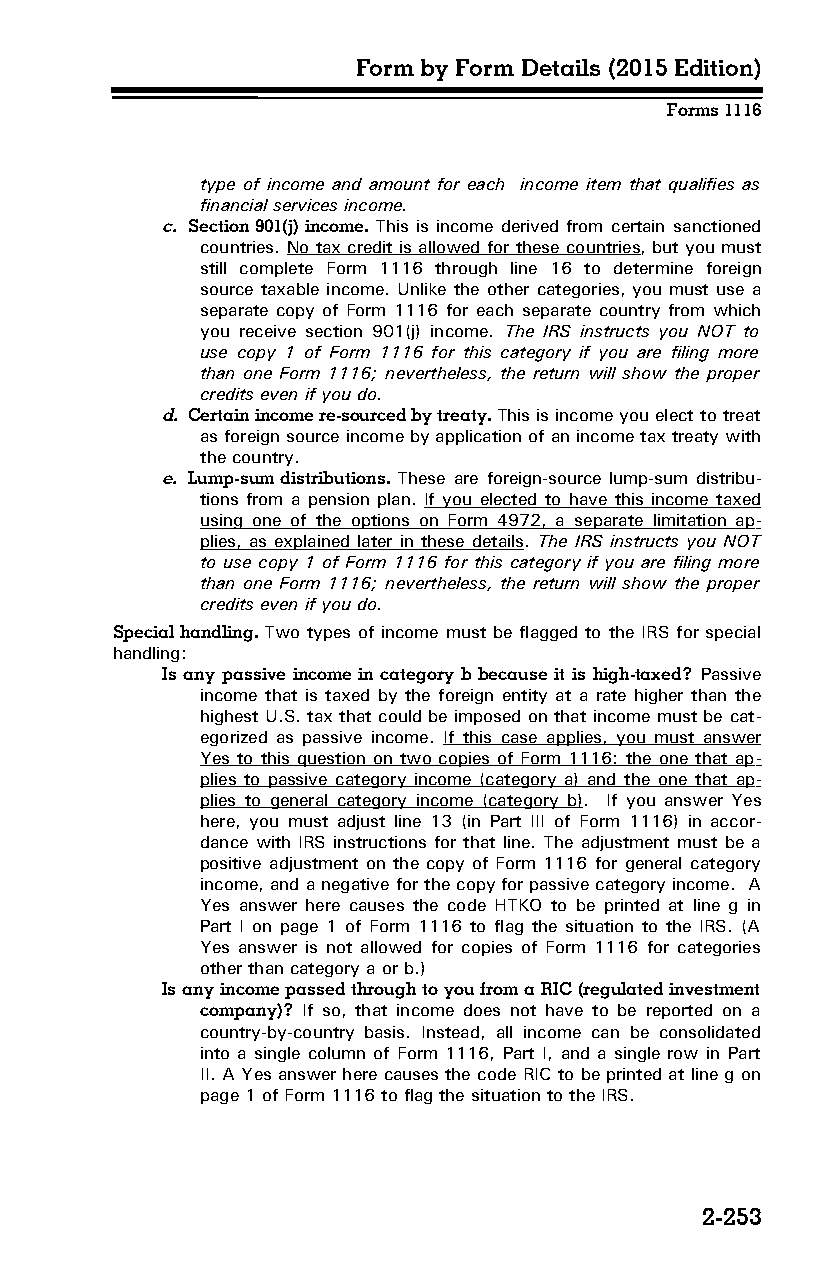
Form by Form Details (2015 Edition)
 Forms 1116
 type of income and amount for each income item that qualifies as
 financial services income.
 c. Section 901(j) income. This is income derived from certain sanctioned
 countries. No tax credit is allowed for these countries, but you must
 still complete Form 1116 through line 16 to determine foreign
 source taxable income. Unlike the other categories, you must use a
 separate copy of Form 1116 for each separate country from which
 you receive section 901(j) income. The IRS instructs you NOT to
 use copy 1 of Form 1116 for this category if you are filing more
 than one Form 1116; nevertheless, the return will show the proper
 credits even if you do.
 d. Certain income re-sourced by treaty. This is income you elect to treat
 as foreign source income by application of an income tax treaty with
 the country.
 e. Lump-sum distributions. These are foreign-source lump-sum distribu­
 tions from a pension plan. If you elected to have this income taxed
 using one of the options on Form 4972, a separate limitation ap­
 plies, as explained later in these details. The IRS instructs you NOT
 to use copy 1 of Form 1116 for this category if you are filing more
 than one Form 1116; nevertheless, the return will show the proper
 credits even if you do.
 Special handling. Two types of income must be flagged to the IRS for special
 handling:
 Is any passive income in category b because it is high-taxed? Passive
 income that is taxed by the foreign entity at a rate higher than the
 highest U.S. tax that could be imposed on that income must be cat­
 egorized as passive income. If this case applies, you must answer
 Yes to this question on two copies of Form 1116: the one that ap­
 plies to passive category income (category a) and the one that ap­
 plies to general category income (category b). If you answer Yes
 here, you must adjust line 13 (in Part III of Form 1116) in accor­
 dance with IRS instructions for that line. The adjustment must be a
 positive adjustment on the copy of Form 1116 for general category
 income, and a negative for the copy for passive category income. A
 Yes answer here causes the code HTKO to be printed at line g in
 Part I on page 1 of Form 1116 to flag the situation to the IRS. (A
 Yes answer is not allowed for copies of Form 1116 for categories
 other than category a or b.)
 Is any income passed through to you from a RIC (regulated investment
 company)? If so, that income does not have to be reported on a
 country-by-country basis. Instead, all income can be consolidated
 into a single column of Form 1116, Part I, and a single row in Part
 II. A Yes answer here causes the code RIC to be printed at line g on
 page 1 of Form 1116 to flag the situation to the IRS.
 2-253